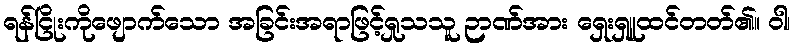
ရန်ငြိုးကိုဖျောက်သော အခြင်းအရာဖြင့်ရှုသသူ ဉာဏ်အား ရှေးရှူထင်တတ်၏။ ဝါ၊